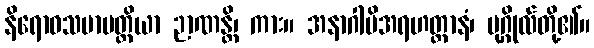
နိရောဓသမာပတ္တိယာ ဉာဏန္တိ၊ ကား။ အနာဂါမိအရဟတ္တာနံ၊ ပုဂ္ဂိုလ်တို့၏။